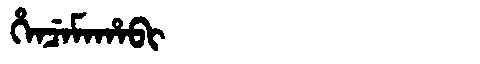
Manchu: ᡥᡝᠨᠴᡝᠮᠠᡥᠠᠪᡳ
Romanization: HENCEMAHABI